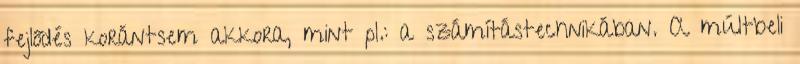
fejlődés korántsem akkora, mint pl.: a számítástechnikában. A múltbeli